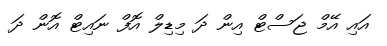
އައި އޭމް ޖަސްޓް އިން ދަ މިޑިލް އޮފް ނައިޓް އޮން ދަ